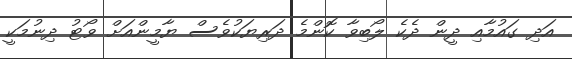
އަދި ގައުމާއި ދީން ދެކެ ލޯބިވާ ކޮންމެ ދަރިޔަކުވެސް ޔާމީންއަށް ވޯޓު ދިނުމަކީ